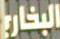
البخاري